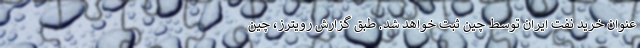
عنوان خرید نفت ایران توسط چین ثبت خواهد شد. طبق گزارش رویترز، چین